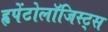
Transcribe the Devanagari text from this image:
हृपेंटोलॉजिस्ट्स